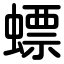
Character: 螵